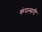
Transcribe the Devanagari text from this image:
कंपल्सरी